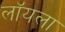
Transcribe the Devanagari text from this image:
लॉयला